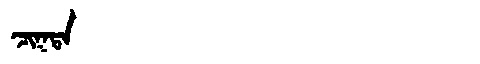
Manchu: ᠴᡳᡴᡨᠠ
Romanization: CIKTA